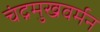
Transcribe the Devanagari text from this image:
चंद्रमुखवर्मन